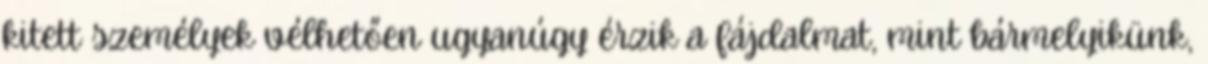
kitett személyek vélhetően ugyanúgy érzik a fájdalmat, mint bármelyikünk,